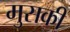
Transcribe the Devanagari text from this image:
मुसकी